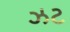
ઝટ